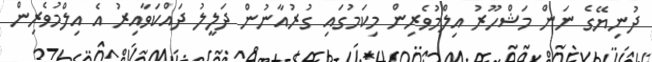
ދުނިޔޭގެ ނަން މަޝްހޫރު އިލްމުވެރިން މިކަމުގައި ގުރުއާނުން ދަލީލު ދައްކަވާއިރު އެ އިލްމުވެރިން